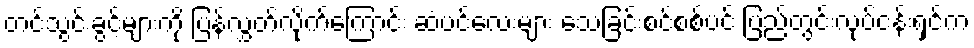
တင်သွင်းခွင့်များကို ပြန်လွှတ်လိုက်ကြောင်း ဆံပင်လေးများ သေခြင်းစင်စစ်ပင် ပြည်တွင်းလုပ်ငန်းရှင်က